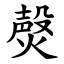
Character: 㷫